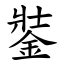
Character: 銺